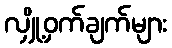
လျှို့ဝှက်ချက်များ